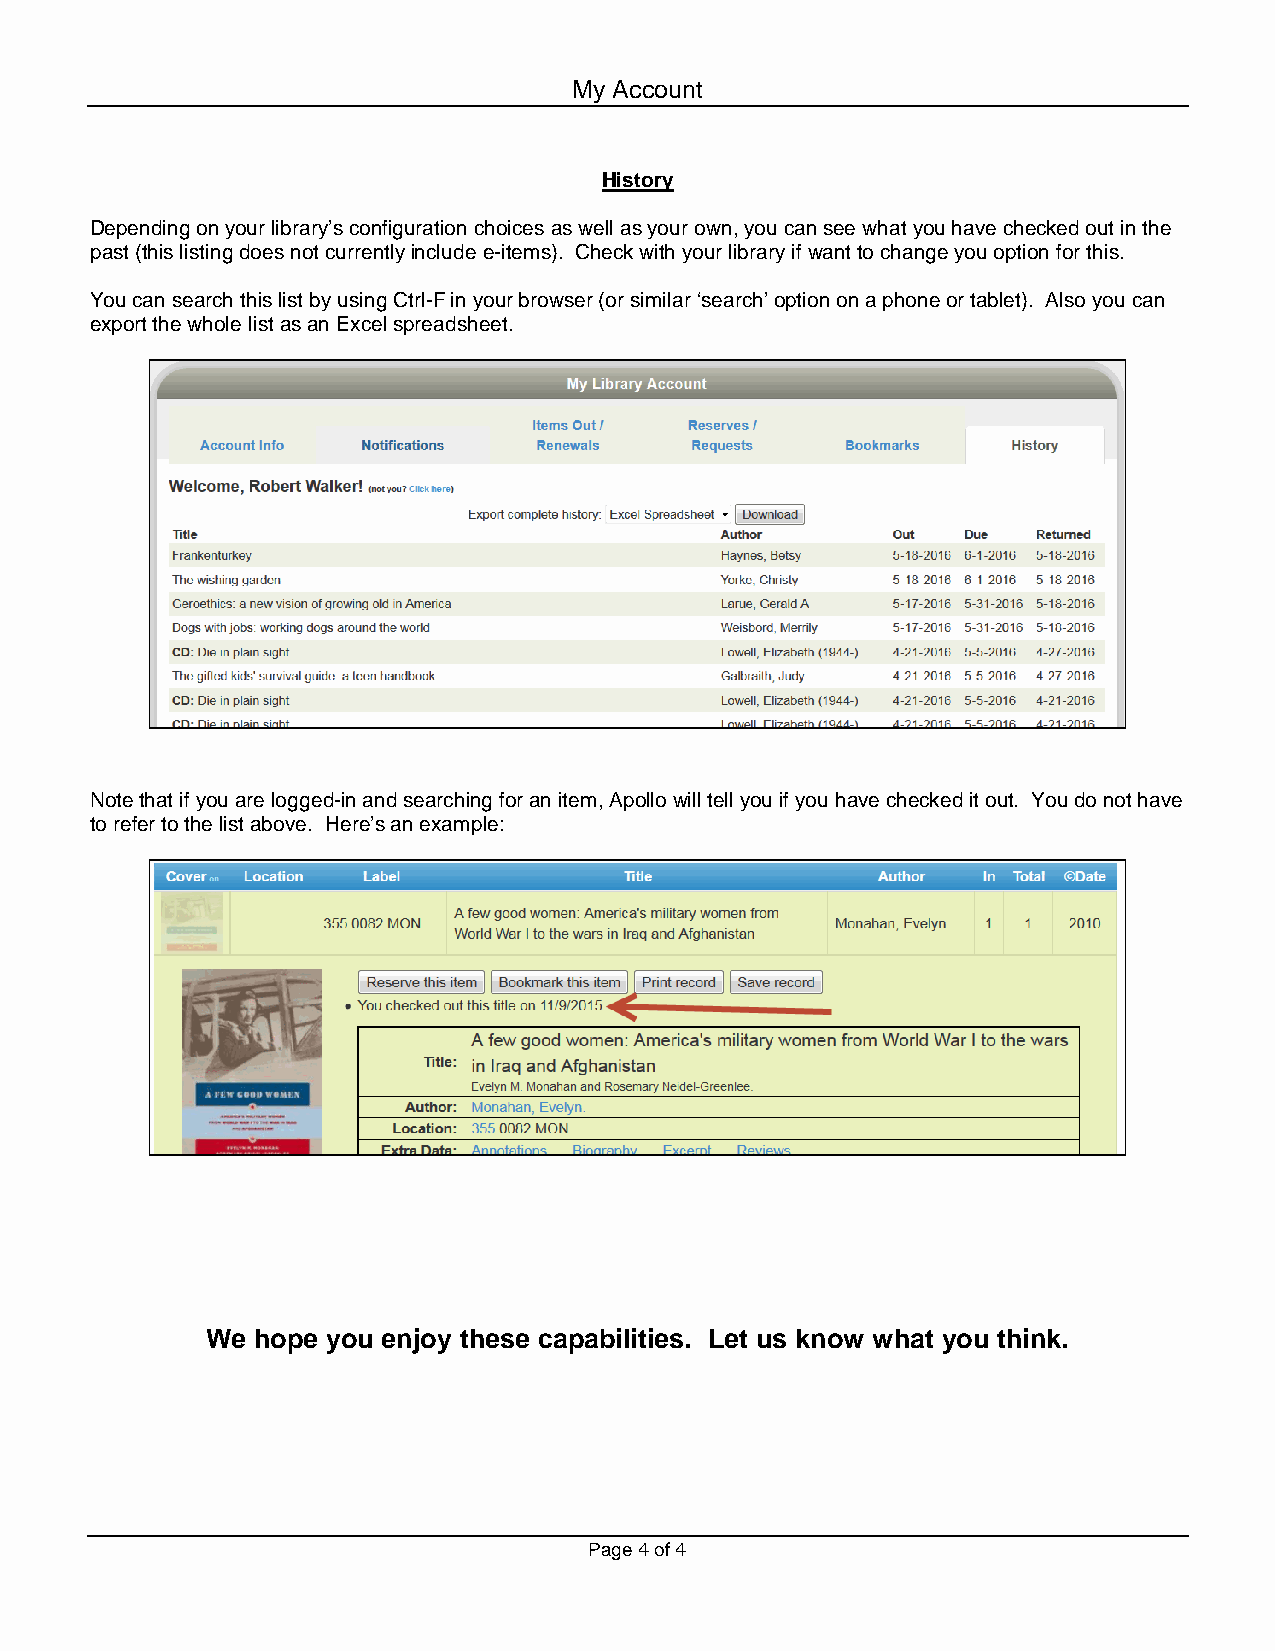
My Account
 History
 Depending on your library’s configuration choices as well as your own, you can see what you have checked out in the
 past (this listing does not currently include e-items). Check with your library if want to change you option for this.
 You can search this list by using Ctrl-F in your browser (or similar ‘search’ option on a phone or tablet). Also you can
 export the whole list as an Excel spreadsheet.
 Note that if you are logged-in and searching for an item, Apollo will tell you if you have checked it out. You do not have
 to refer to the list above. Here’s an example:
 We hope you enjoy these capabilities. Let us know what you think.
 Page 4 of 4